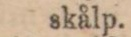
skålp.